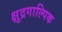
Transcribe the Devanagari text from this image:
क्षुद्रगाल्पिक